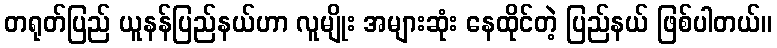
တရုတ်ပြည် ယူနန်ပြည်နယ်ဟာ လူမျိုး အများဆုံး နေထိုင်တဲ့ ပြည်နယ် ဖြစ်ပါတယ်။